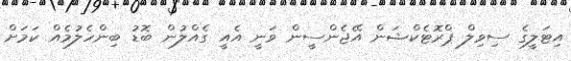
އިޓަލީގެ ސިވިލް ޕްރޮޓެކްޝަން އޭޖެންސީން ވަނީ އެއީ ގެއްލުން ބޮޑު ބިންހެލުމެއް ކަމަށް